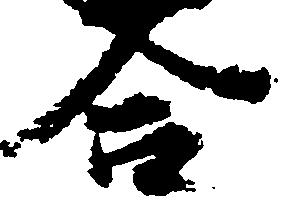
合